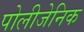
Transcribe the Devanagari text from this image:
पोलीजेनिक